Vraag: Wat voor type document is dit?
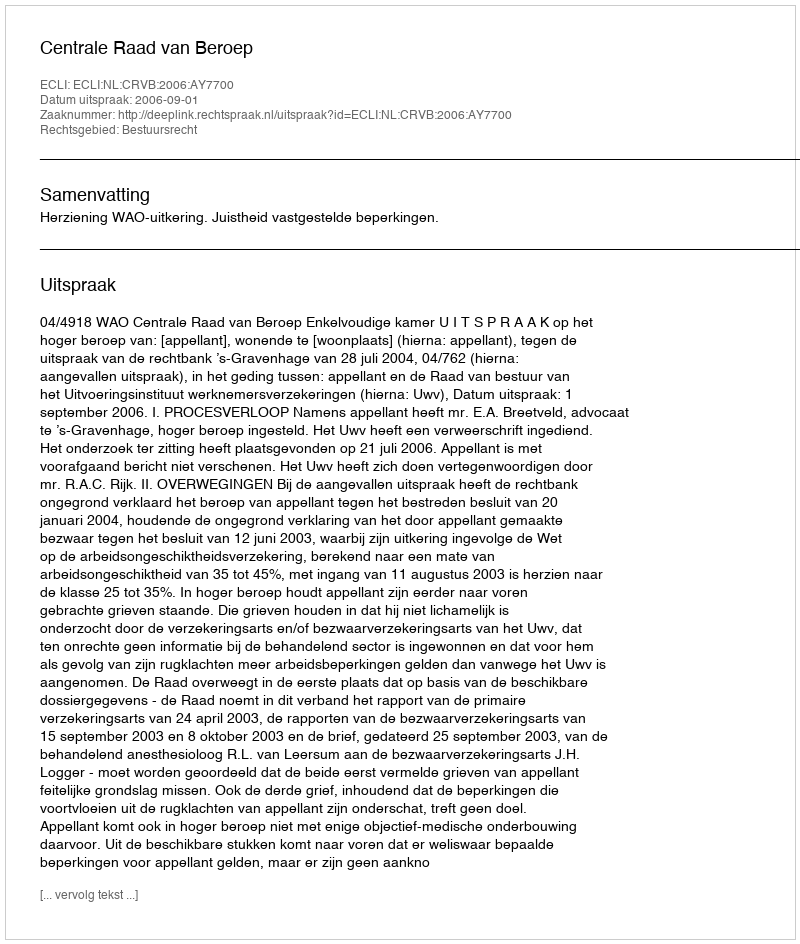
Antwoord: Uitspraak